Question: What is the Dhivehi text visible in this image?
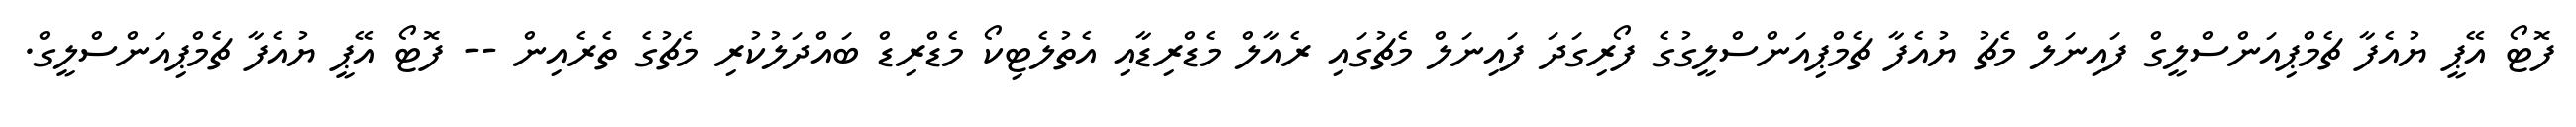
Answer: ފޮޓޯ އޭޕީ ޔުއެފާ ޗެމްޕިއަންސްލީގް ފައިނަލް މެޗު ޔުއެފާ ޗެމްޕިއަންސްލީގުގެ ފޯރިގަދަ ފައިނަލް މެޗުގައި ރެއާލް މެޑްރިޑާއި އެތުލެޓިކޯ މެޑްރިޑް ބައްދަލުކުރި މެޗުގެ ތެރެއިން -- ފޮޓޯ އޭޕީ ޔުއެފާ ޗެމްޕިއަންސްލީގް.